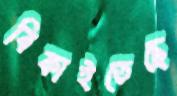
বিকাইতেছে